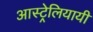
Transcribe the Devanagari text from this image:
आस्ट्रेलियायी